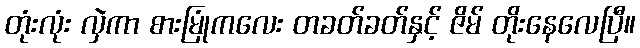
တုံးလုံး လှဲကာ စားမြုံကလေး တခတ်ခတ်နှင့် ဇိမ် တိုးနေလေပြီ။